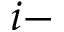
i -